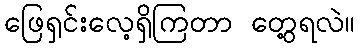
ဖြေရှင်းလေ့ရှိကြတာ တွေ့ရလဲ။